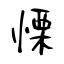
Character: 慄